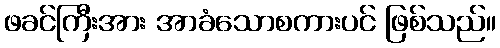
ဖခင်ကြီးအား အာခံသောစကားပင် ဖြစ်သည်။